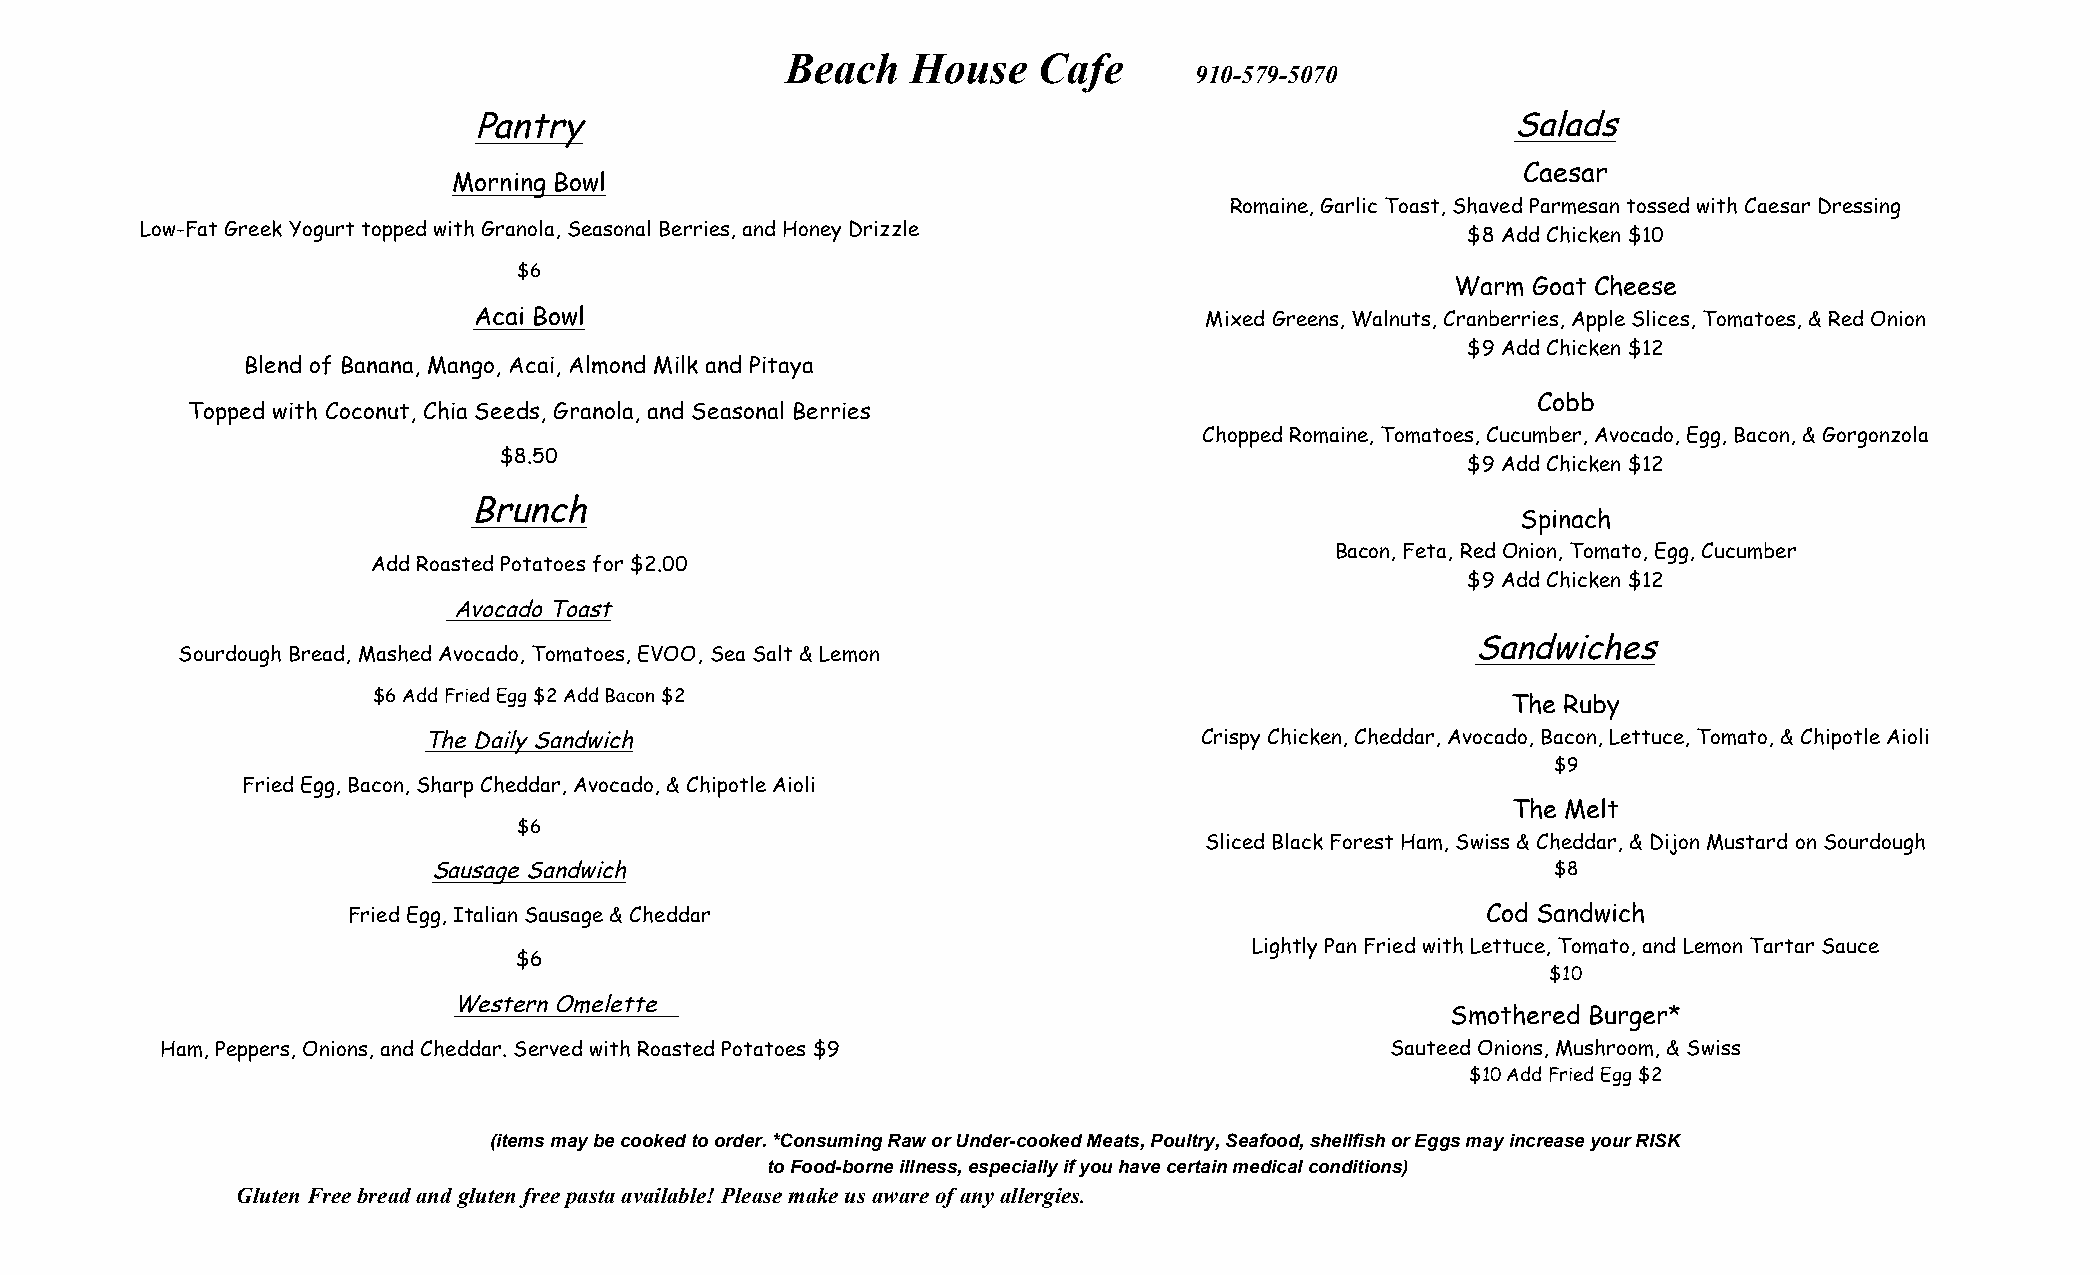
Beach   House    Cafe
 910-579-5070
 Pantry                                                               Salads
 Caesar
 Morning Bowl
 Romaine, Garlic Toast, Shaved Parmesan tossed with Caesar Dressing
 Low-Fat Greek Yogurt topped with Granola, Seasonal Berries, and Honey Drizzle           $8 Add Chicken $10
 $6
 Warm Goat Cheese
 Acai Bowl                                        Mixed Greens, Walnuts, Cranberries, Apple Slices, Tomatoes, & Red Onion
 $9 Add Chicken $12
 Blend of Banana, Mango, Acai, Almond Milk and Pitaya
 Cobb
 Topped with Coconut, Chia Seeds, Granola, and Seasonal Berries
 Chopped Romaine, Tomatoes, Cucumber, Avocado, Egg, Bacon, & Gorgonzola
 $8.50
 $9 Add Chicken $12
 Brunch
 Spinach
 Bacon, Feta, Red Onion, Tomato, Egg, Cucumber
 Add Roasted Potatoes for $2.00
 $9 Add Chicken $12
 Avocado Toast
 Sandwiches
 Sourdough Bread, Mashed Avocado, Tomatoes, EVOO, Sea Salt & Lemon
 $6 Add Fried Egg $2 Add Bacon $2
 The Ruby
 The Daily Sandwich                                  Crispy Chicken, Cheddar, Avocado, Bacon, Lettuce, Tomato, & Chipotle Aioli
 $9
 Fried Egg, Bacon, Sharp Cheddar, Avocado, & Chipotle Aioli
 The Melt
 $6
 Sliced Black Forest Ham, Swiss & Cheddar, & Dijon Mustard on Sourdough
 Sausage Sandwich                                                          $8
 Fried Egg, Italian Sausage & Cheddar                                       Cod Sandwich
 Lightly Pan Fried with Lettuce, Tomato, and Lemon Tartar Sauce
 $6
 $10
 Western Omelette
 Smothered Burger*
 Ham, Peppers, Onions, and Cheddar. Served with Roasted Potatoes $9               Sauteed Onions, Mushroom, & Swiss
 $10 Add Fried Egg $2
 (items may be cooked to order. *Consuming Raw or Under-cooked Meats, Poultry, Seafood, shellfish or Eggs may increase your RISK
 to Food-borne illness, especially if you have certain medical conditions)
 Gluten Free bread and gluten free pasta available! Please make us aware of any allergies.